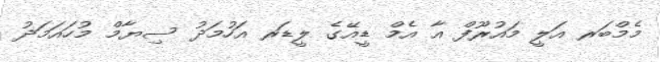
މެމްބަރ އަލީ މައުރޫފް އާ އެމް ޑީއޭގެ ލީޑަރ އަހުމަދު ސިޔާމް މުހައަމަދު